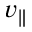
v _ { \parallel }